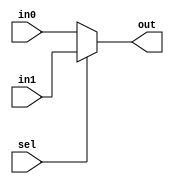
module Mux2_1_32bits (
input [31:0] in0,
input [31:0] in1,
input sel,
output [31:0] out
);

assign out= (sel)?in1:in0;
endmodule